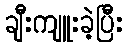
ချီးကျူးခဲ့ပြီး